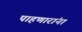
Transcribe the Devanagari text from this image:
पाहणारांना